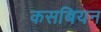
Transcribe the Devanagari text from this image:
कसबियन